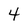
Character: 4